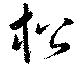
松